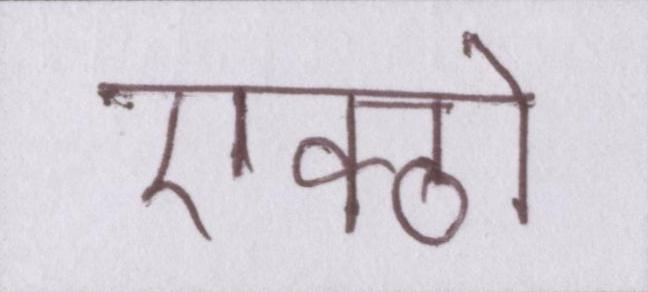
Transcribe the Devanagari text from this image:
एक्ठो